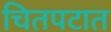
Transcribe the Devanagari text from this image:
चितपटात